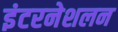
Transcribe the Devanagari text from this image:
इंटरनेशलन